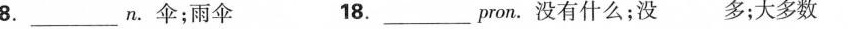
8.___n.伞；雨伞 18.___pron.没有什么；没多；大多数